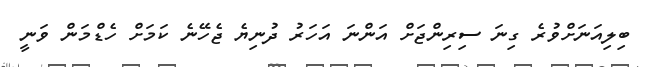
ބިލިއަނަށްވުރެ ގިނަ ސިރިންޖަށް އަންނަ އަހަރު ދުނިޔެ ޖެހޭނެ ކަމަށް ހެޑްމަން ވަނީ